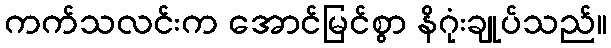
ကက်သလင်းက အောင်မြင်စွာ နိဂုံးချုပ်သည်။